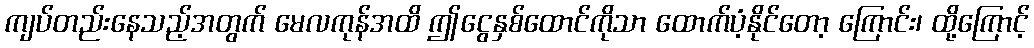
ကျပ်တည်းနေသည့်အတွက် မေလကုန်အထိ ဤငွေနှစ်ထောင်ကိုသာ ထောက်ပံ့နိုင်တော့ ကြောင်း၊ ထို့ကြောင့်